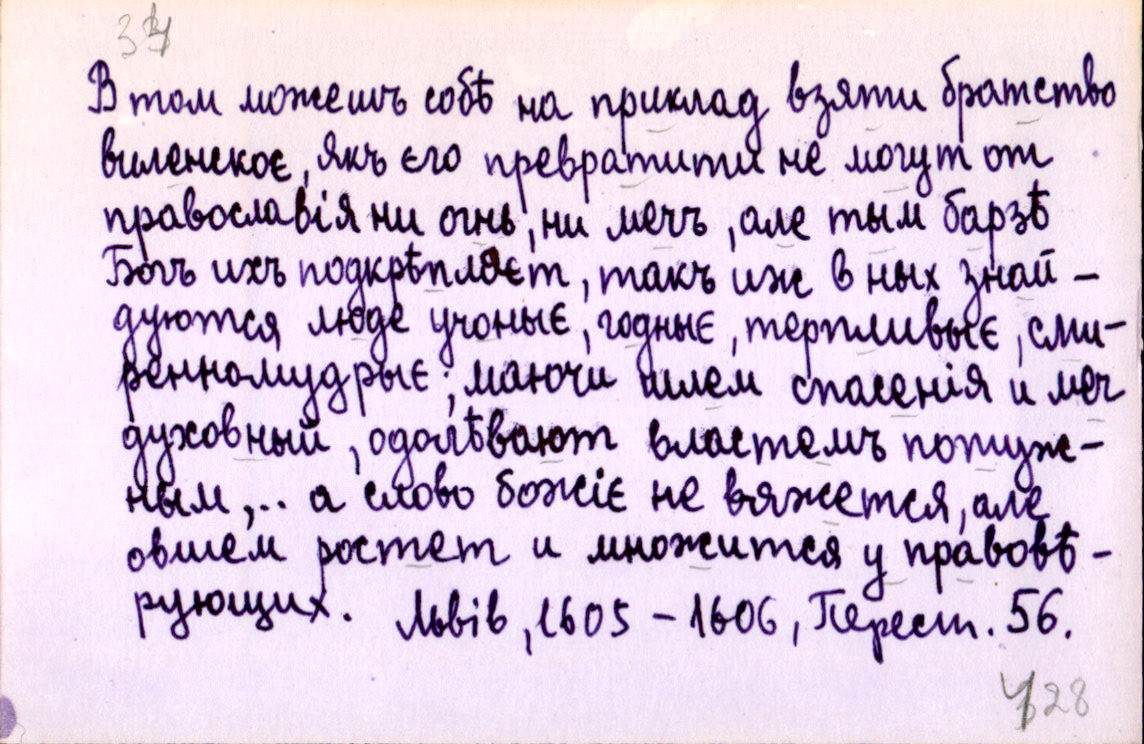
В том можешъ собѣ на приклад взяти братство
виленскоє, якъ єго превратити не могут от
православія ни огнь, ни мечъ, але тым барзѣ
Богъ ихъ подкрѣпляєт, такъ иж в ных знай-
дуются люде учоныє, годныє, терпливыє, сми-
ренномудрыє; маючи шлем спасенія и меч
духовный, одолѣвают властемъ потуж-
ным,... а слово божіє не вяжется, але
овшем ростет и множится у правовѣ-
рующих.
Львів, 1605-1606, Перест. 56.